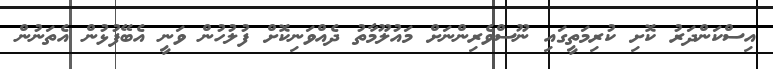
އިސްކަންދަރު ކޮށި ކުރިމަތީގައި ނޫސްވެރިންނަށް މައުލޫމާތު ދެއްވަނިކޮށް ފުލުހުން ވަނީ އެބޭފުޅުން އެތަނުން